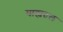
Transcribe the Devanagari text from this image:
बाह्यतल